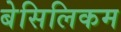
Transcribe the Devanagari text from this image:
बेसिलिकम